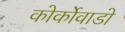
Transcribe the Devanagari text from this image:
कोर्कोवाडो